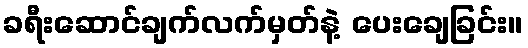
ခရီးဆောင်ချက်လက်မှတ်နဲ့ ပေးချေခြင်း။